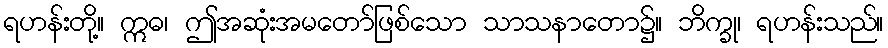
ရဟန်းတို့။ ဣဓ၊ ဤအဆုံးအမတော်ဖြစ်သော သာသနာတော၌။ ဘိက္ခု၊ ရဟန်းသည်။